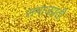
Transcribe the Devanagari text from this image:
समाजप्रती